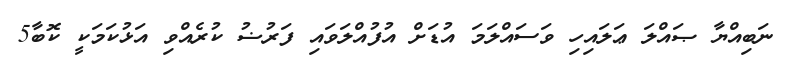
ނަބިއްޔާ ޞައްލަ ޢަލައިހި ވަސައްލަމަ އުޑަށް އުފުއްލަވައި ފަރުޟު ކުރެއްވި އަޅުކަމަކީ ކޮބާ5